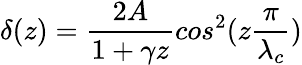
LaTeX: \delta(z)=\frac{2A}{1+\gamma z}cos^{2}(z\frac{\pi}{\lambda_{c}})